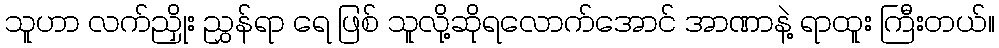
သူဟာ လက်ညှိုး ညွှန်ရာ ရေ ဖြစ် သူလို့ဆိုရလောက်အောင် အာဏာနဲ့ ရာထူး ကြီးတယ်။